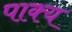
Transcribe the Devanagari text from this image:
पाक्य